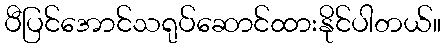
ပီပြင်အောင်သရုပ်ဆောင်ထားနိုင်ပါတယ်။